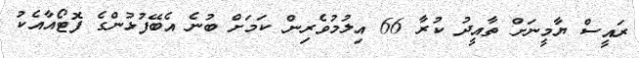
ރައީސް ޔާމީނަށް ތާއީދު ކުރާ 66 އިލުމުވެރިން ކަމަށް ބުނެ އެބޭފުޅުންގެ ފޮޓޯއާއެކު